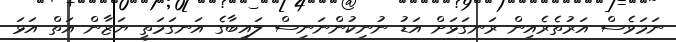
ނަމަވެސް އަރުތެރެއިން ރަނގަޅަށް އަޑު ނުނިކުންނަނިސް ލައިބާގެ އަނގަމަތީ ޔަޒާން އަތް އަޅަ